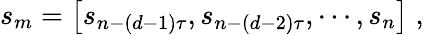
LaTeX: s_{m}=\left[s_{n-(d-1)\tau},s_{n-(d-2)\tau},\cdots,s_{n}\right]\; ,